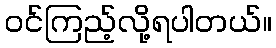
ဝင်ကြည့်လို့ရပါတယ်။